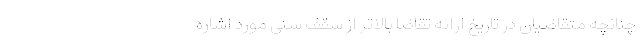
چنانچه متقاضیان در تاریخ ارائه تقاضا بالاتر از سقف سنی مورد اشاره